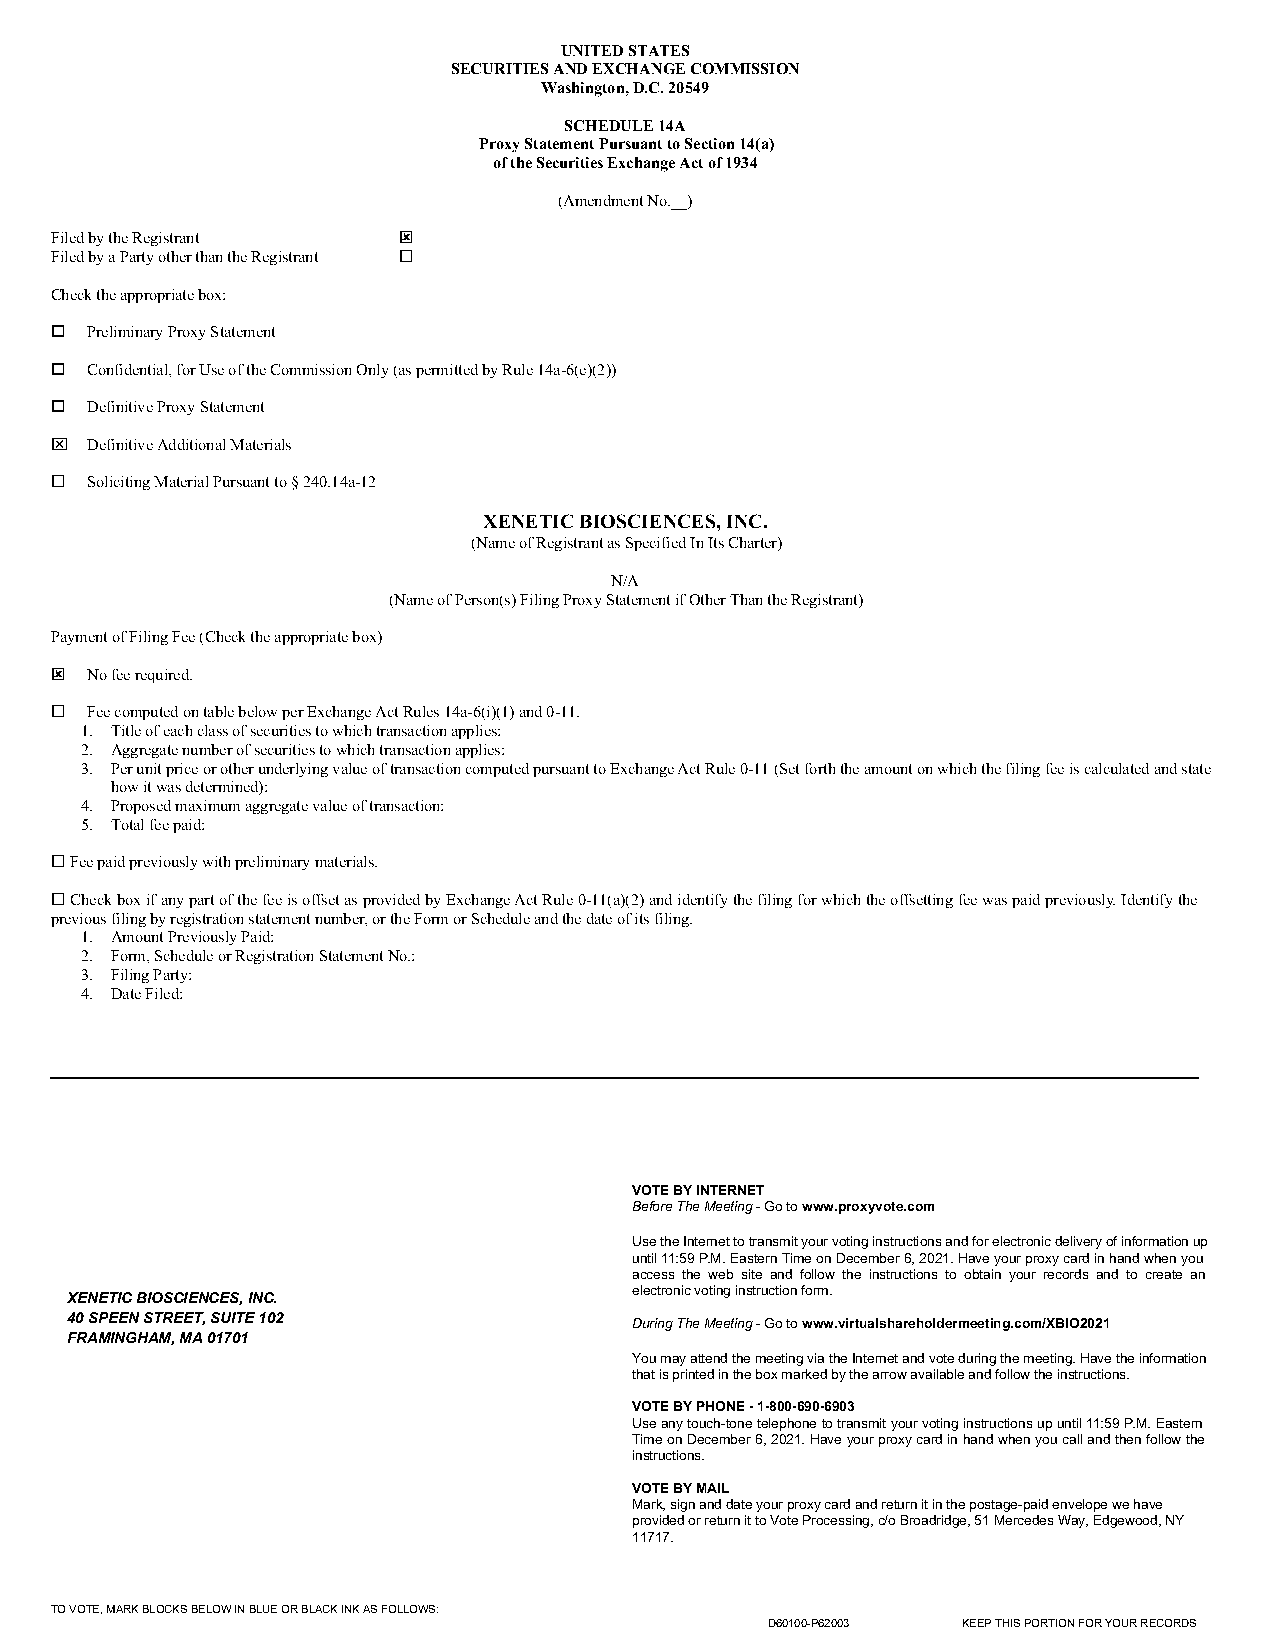
UNITED STATES
 SECURITIES AND EXCHANGE COMMISSION
 Washington, D.C. 20549
 SCHEDULE 14A
 Proxy Statement Pursuant to Section 14(a)
 of the Securities Exchange Act of 1934
 (Amendment No.__)
 Filed by the Registrant ý
 Filed by a Party other than the Registrant ¨
 Check the appropriate box:
 o  Preliminary Proxy Statement
 o  Confidential, for Use of the Commission Only (as permitted by Rule 14a-6(e)(2))
 o  Definitive Proxy Statement
 x  Definitive Additional Materials
 ¨  Soliciting Material Pursuant to § 240.14a-12
 XENETIC BIOSCIENCES, INC.
 (Name of Registrant as Specified In Its Charter)
 N/A
 (Name of Person(s) Filing Proxy Statement if Other Than the Registrant)
 Payment of Filing Fee (Check the appropriate box)
 ý  No fee required.
 ¨  Fee computed on table below per Exchange Act Rules 14a-6(i)(1) and 0-11.
 1. Title of each class of securities to which transaction applies:
 2. Aggregate number of securities to which transaction applies:
 3. Per unit price or other underlying value of transaction computed pursuant to Exchange Act Rule 0-11 (Set forth the amount on which the filing fee is calculated and state
 how it was determined):
 4. Proposed maximum aggregate value of transaction:
 5. Total fee paid:
 ¨ Fee paid previously with preliminary materials.
 ¨ Check box if any part of the fee is offset as provided by Exchange Act Rule 0-11(a)(2) and identify the filing for which the offsetting fee was paid previously. Identify the
 previous filing by registration statement number, or the Form or Schedule and the date of its filing.
 1. Amount Previously Paid:
 2. Form, Schedule or Registration Statement No.:
 3. Filing Party:
 4. Date Filed:
 VOTE BY INTERNET
 Before The Meeting - Go to www.proxyvote.com
 Use the Internet to transmit your voting instructions and for electronic delivery of information up
 until 11:59 P.M. Eastern Time on December 6, 2021. Have your proxy card in hand when you
 access the web site and follow the instructions to obtain your records and to create an
 electronic voting instruction form.
 XENETIC BIOSCIENCES, INC.
 40 SPEEN STREET, SUITE 102            During The Meeting - Go to www.virtualshareholdermeeting.com/XBIO2021
 FRAMINGHAM, MA 01701
 You may attend the meeting via the Internet and vote during the meeting. Have the information
 that is printed in the box marked by the arrow available and follow the instructions.
 VOTE BY PHONE - 1-800-690-6903
 Use any touch-tone telephone to transmit your voting instructions up until 11:59 P.M. Eastern
 Time on December 6, 2021. Have your proxy card in hand when you call and then follow the
 instructions.
 VOTE BY MAIL
 Mark, sign and date your proxy card and return it in the postage-paid envelope we have
 provided or return it to Vote Processing, c/o Broadridge, 51 Mercedes Way, Edgewood, NY
 11717.
 TO VOTE, MARK BLOCKS BELOW IN BLUE OR BLACK INK AS FOLLOWS:
 D60100-P62003 KEEP THIS PORTION FOR YOUR RECORDS